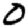
Digit: 0